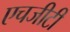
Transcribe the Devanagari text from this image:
एचजीटी